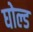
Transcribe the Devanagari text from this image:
घोल्ड